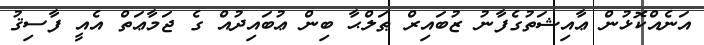
އަނެއްކޮޅުން ޢާއިޝަތުގެފާނު ޒުބައިރް ޠަލްޙާ ބިން ޢުބައިދުއް ގެ ޖަމާޢަތް އެއީ ފާސިޤު